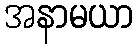
အနာမယာ